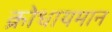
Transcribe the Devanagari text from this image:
क्रोधायमान